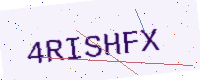
Text: 4RISHFX